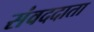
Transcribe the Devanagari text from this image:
संवददाता